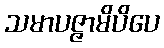
သမာပဇ္ဇာမိပိပေ